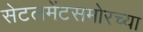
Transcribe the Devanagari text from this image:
सेटलमेंटसमोरच्या